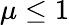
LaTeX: \mu\le 1